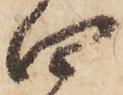
口